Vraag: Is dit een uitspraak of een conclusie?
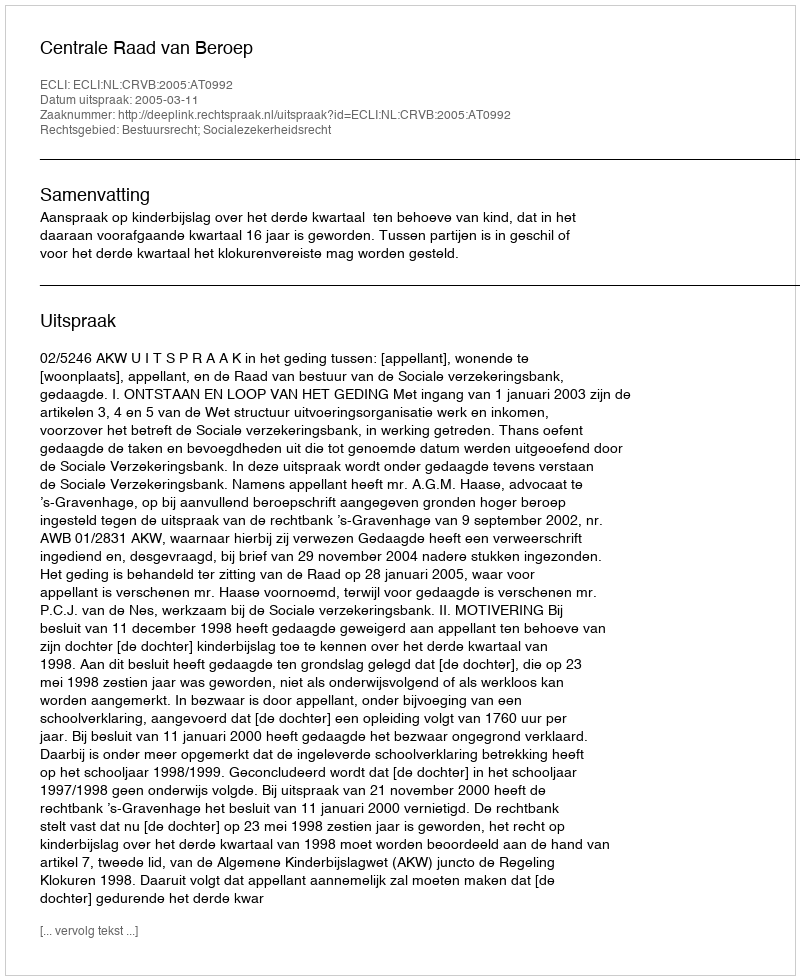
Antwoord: Uitspraak